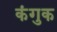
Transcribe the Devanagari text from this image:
कंगुक